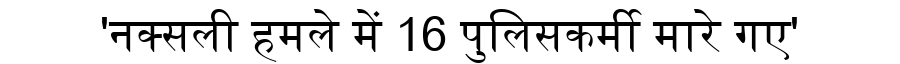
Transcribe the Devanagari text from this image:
'नक्सली हमले में 16 पुलिसकर्मी मारे गए'